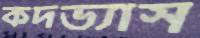
কদভ্যাস